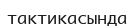
тактикасында